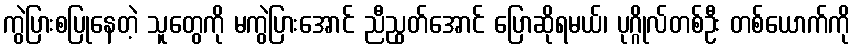
ကွဲပြားစပြုနေတဲ့ သူတွေကို မကွဲပြားအောင် ညီညွတ်အောင် ပြောဆိုရမယ်၊ ပုဂ္ဂိုလ်တစ်ဦး တစ်ယောက်ကို